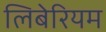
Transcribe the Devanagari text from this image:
लिबेरियम